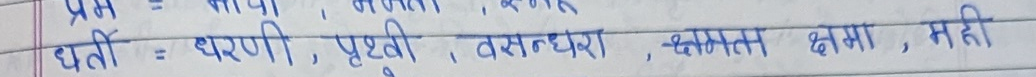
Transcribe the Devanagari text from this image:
धरती = धरणी , पृथ्वी , वसुंधरा , क्षमम् क्षमा , मही